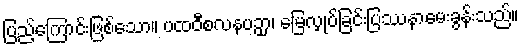
ပြည့်ကြောင်းဖြစ်သော။ ပထဝီစလနပဉှာ၊ မြေလှုပ်ခြင်းပြဿနာမေးခွန်းသည်။